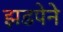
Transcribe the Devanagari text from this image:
झडपेने